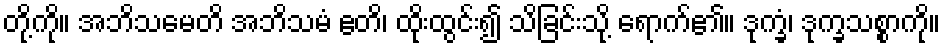
တို့ကို။ အဘိသမေတိ အဘိသမံ ဧတိ၊ ထိုးထွင်း၍ သိခြင်းသို့ ရောက်၏။ ဒုက္ခံ၊ ဒုက္ခသစ္စာကို။